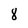
Character: 8